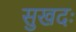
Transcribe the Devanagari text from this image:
सुखदः